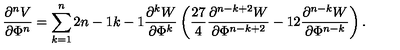
\frac { \partial ^ { n } V } { \partial \Phi ^ { n } } = \sum _ { k = 1 } ^ { n } 2 { \binom { n - 1 } { k - 1 } } \frac { \partial ^ { k } W } { \partial \Phi ^ { k } } \left( \frac { 2 7 } { 4 } \frac { \partial ^ { n - k + 2 } W } { \partial \Phi ^ { n - k + 2 } } - 1 2 \frac { \partial ^ { n - k } W } { \partial \Phi ^ { n - k } } \right) .